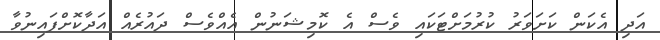
އަދި އެކަން ކަށަވަރު ކުރުމަށްޓަކައި ވެސް އެ ކޮމިޝަނުން އެއްވެސް ދައުރެއް އަދާކޮށްފައިނުވާ